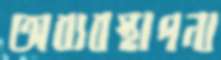
অব্যবস্থাপনা